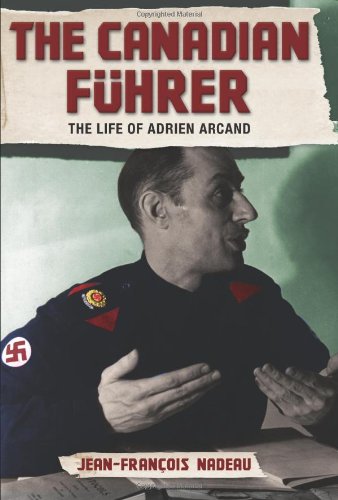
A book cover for The Canadian Fuhrer: The Life of Adrien Arcand; Jean-Francois Nadeau; Biographies & Memoirs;